Annual administration report of the Civil Veterinary Department of India - 1896-1897
Year: 1896
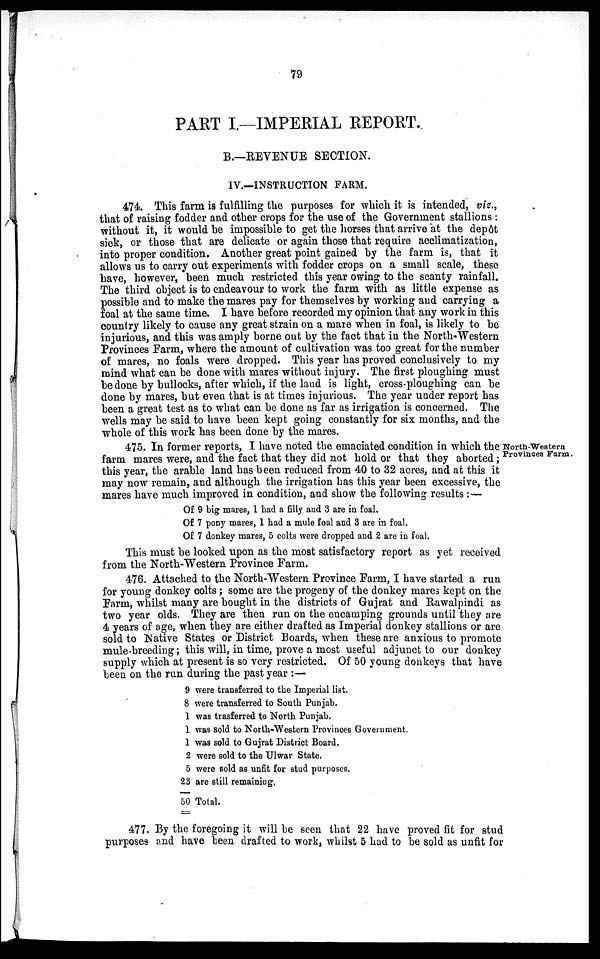
79
PART I.—IMPERIAL REPORT.
B.—REVENUE SECTION.
IV.—INSTRUCTION FARM.
474. This farm is fulfilling the purposes for which it is intended, viz.,
that of raising fodder and other crops for the use of the Government stallions :
without it, it would be impossible to get the horses that arrive at the depôt
sick, or those that are delicate or again those that require acclimatization,
into proper condition. Another great point gained by the farm is, that it
allows us to carry out experiments with fodder crops on a small scale, these
have, however, been much restricted this year owing to the scanty rainfall.
The third object is to endeavour to work the farm with as little expense as
possible and to make the mares pay for themselves by working and carrying a
foal at the same time. I have before recorded my opinion that any work in this
country likely to cause any great strain on a mare when in foal, is likely to be
injurious, and this was amply borne out by the fact that in the North-Western
Provinces Farm, where the amount of cultivation was too great for the number
of mares, no foals were dropped. This year has proved conclusively to my
mind what can be done with mares without injury. The first ploughing must
be done by bullocks, after which, if the land is light, cross-ploughing can be
done by mares, but even that is at times injurious. The year under report has
been a great test as to what can be done as far as irrigation is concerned. The
wells may be said to have been kept going constantly for six months, and the
whole of this work has been done by the mares.
North-Western
Provinces Farm.
475. In former reports, I have noted the emaciated condition in which the
farm mares were, and the fact that they did not hold or that they aborted;
this year, the arable land has been reduced from 40 to 32 acres, and at this it
may now remain, and although the irrigation has this year been excessive, the
mares have much improved in condition, and show the following results:—
Of 9 big mares, 1 had a filly and 3 are in foal.
Of 7 pony mares, 1 had a mule foal and 3 are in foal.
Of 7 donkey mares, 5 colts were dropped and 2 are in foal.
This must be looked upon as the most satisfactory report as yet received
from the North-Western Province Farm.
476. Attached to the North-Western Province Farm, I have started a run
for young donkey colts; some are the progeny of the donkey mares kept on the
Farm, whilst many are bought in the districts of Gujrat and Rawalpindi as
two year olds. They are then run on the encamping grounds until they are
4 years of age, when they are either drafted as Imperial donkey stallions or are
sold to Native States or District Boards, when these are anxious to promote
mule-breeding; this will, in time, prove a most useful adjunct to our donkey
supply which at present is so very restricted. Of 50 young donkeys that have
been on the run during the past year:—
9 were transferred to the Imperial list.
8 were transferred to South Punjab.
1 was trasferred to North Punjab.
1 was sold to North-Western Provinces Government.
1 was sold to Gujrat District Board.
2 were sold to the Ulwar State.
5 were sold as unfit for stud purposes.
23 are still remaining,
50 Total.
477. By the foregoing it will be seen that 22 have proved fit for stud
purposes and have been drafted to work, whilst 5 had to be sold as unfit for